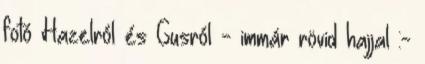
fotó Hazelról és Gusról - immár rövid hajjal :-